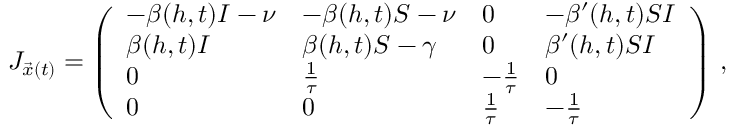
J _ { \vec { x } ( t ) } = \left( \begin{array} { l l l l } { - \beta ( h , t ) I - \nu } & { - \beta ( h , t ) S - \nu } & { 0 } & { - \beta ^ { \prime } ( h , t ) S I } \\ { \beta ( h , t ) I } & { \beta ( h , t ) S - \gamma } & { 0 } & { \beta ^ { \prime } ( h , t ) S I } \\ { 0 } & { \frac { 1 } { \tau } } & { - \frac { 1 } { \tau } } & { 0 } \\ { 0 } & { 0 } & { \frac { 1 } { \tau } } & { - \frac { 1 } { \tau } } \end{array} \right) \, ,